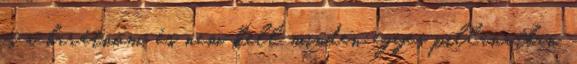
is a barátnőm, és nem kell minden egyes pillanatban